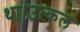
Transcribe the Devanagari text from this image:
था।उत्कल